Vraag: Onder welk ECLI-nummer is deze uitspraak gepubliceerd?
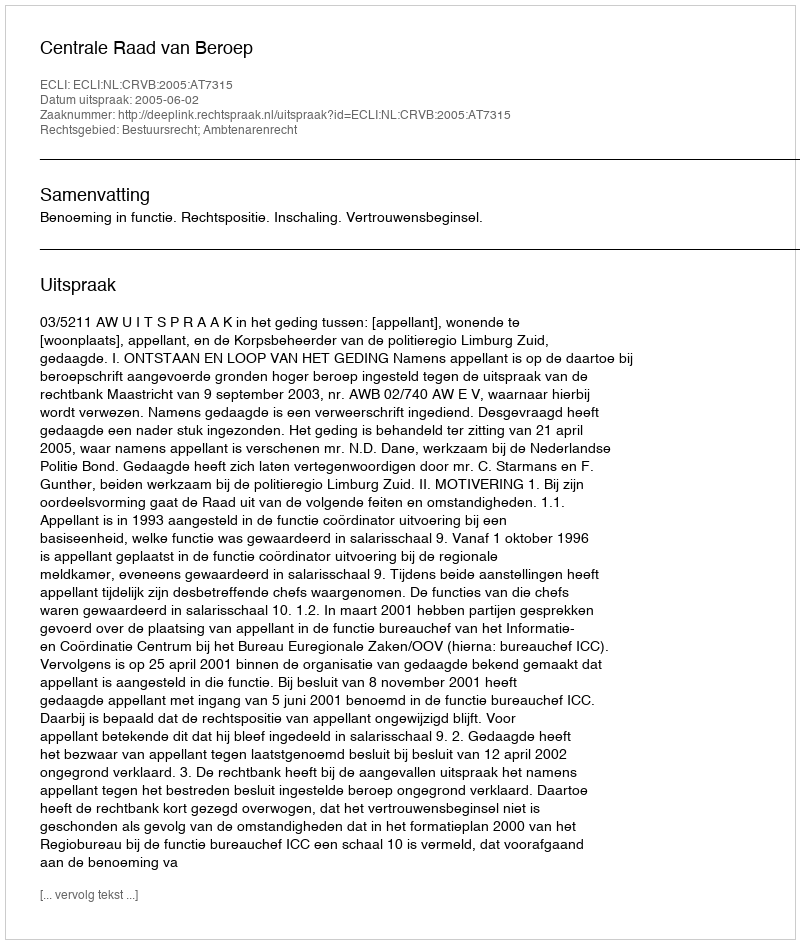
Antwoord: ECLI:NL:CRVB:2005:AT7315